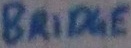
Text: BRIDGE